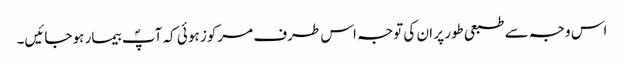
اس وجہ سے طبعی طور پر ان کی توجہ اس طرف مرکوز ہو ئی کہ آپؐ بیمار ہو جائیں۔